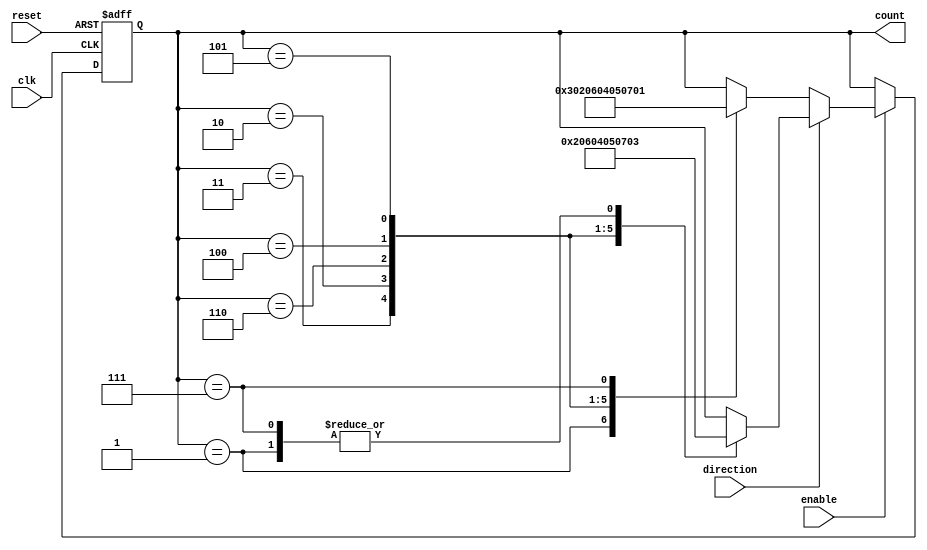
module gray_counter (
    input wire clk,        // Clock input
    input wire reset,      // Reset input
    input wire enable,     // Enable input
    input wire direction,  // Direction input (0 for up, 1 for down)
    output reg [7:0] count // Output count value in Gray code format
);

reg [7:0] gray_count; // Internal register to store current count value

always @(posedge clk or posedge reset) begin
    if (reset) begin
        gray_count <= 8'b00000001; // Initialize count to 1 in Gray code format
    end else if (enable) begin
        if (direction) begin // Decrement count
            case (gray_count)
                8'b00000001: gray_count <= 8'b00000011;
                8'b00000011: gray_count <= 8'b00000010;
                8'b00000010: gray_count <= 8'b00000110;
                8'b00000110: gray_count <= 8'b00000100;
                8'b00000100: gray_count <= 8'b00000101;
                8'b00000101: gray_count <= 8'b00000111;
                8'b00000111: gray_count <= 8'b00000011;
            endcase
        end else begin // Increment count
            case (gray_count)
                8'b00000001: gray_count <= 8'b00000011;
                8'b00000011: gray_count <= 8'b00000010;
                8'b00000010: gray_count <= 8'b00000110;
                8'b00000110: gray_count <= 8'b00000100;
                8'b00000100: gray_count <= 8'b00000101;
                8'b00000101: gray_count <= 8'b00000111;
                8'b00000111: gray_count <= 8'b00000001;
            endcase
        end
    end
end

assign count = gray_count; // Output count value

endmodule